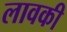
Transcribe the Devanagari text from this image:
लावकी